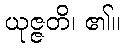
ယုဇ္ဇတိ၊ ၏။